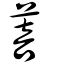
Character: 菩